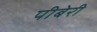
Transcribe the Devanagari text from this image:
पीबेरी